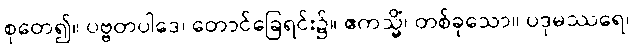
စုတေ၍။ ပဗ္ဗတပါဒေ၊ တောင်ခြေရင်း၌။ ဧကသ္မိံ၊ တစ်ခုသော။ ပဒုမဿရေ၊